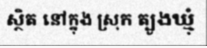
ស្ថិត នៅក្នុង ស្រុក ត្បូងឃ្មុំ